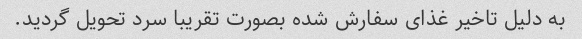
به دلیل تاخیر غذای سفارش شده بصورت تقریبا سرد تحویل گردید.